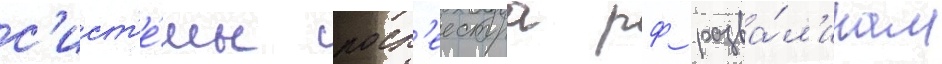
с'ист'е́мы роср'еестра рф разва́л'инам